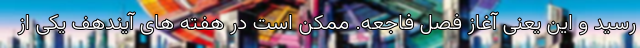
رسید و این یعنی آغاز فصل فاجعه. ممکن است در هفته های آیندهف یکی از